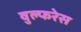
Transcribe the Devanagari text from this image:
वुल्फरेस